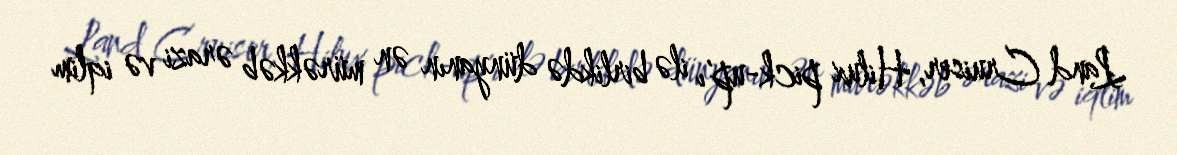
Land Cruiser, Hilux pick-up'ı ilə birlikdə dünyanın ən mürəkkəb ərazi və iqlim